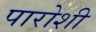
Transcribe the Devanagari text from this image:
पारोशी